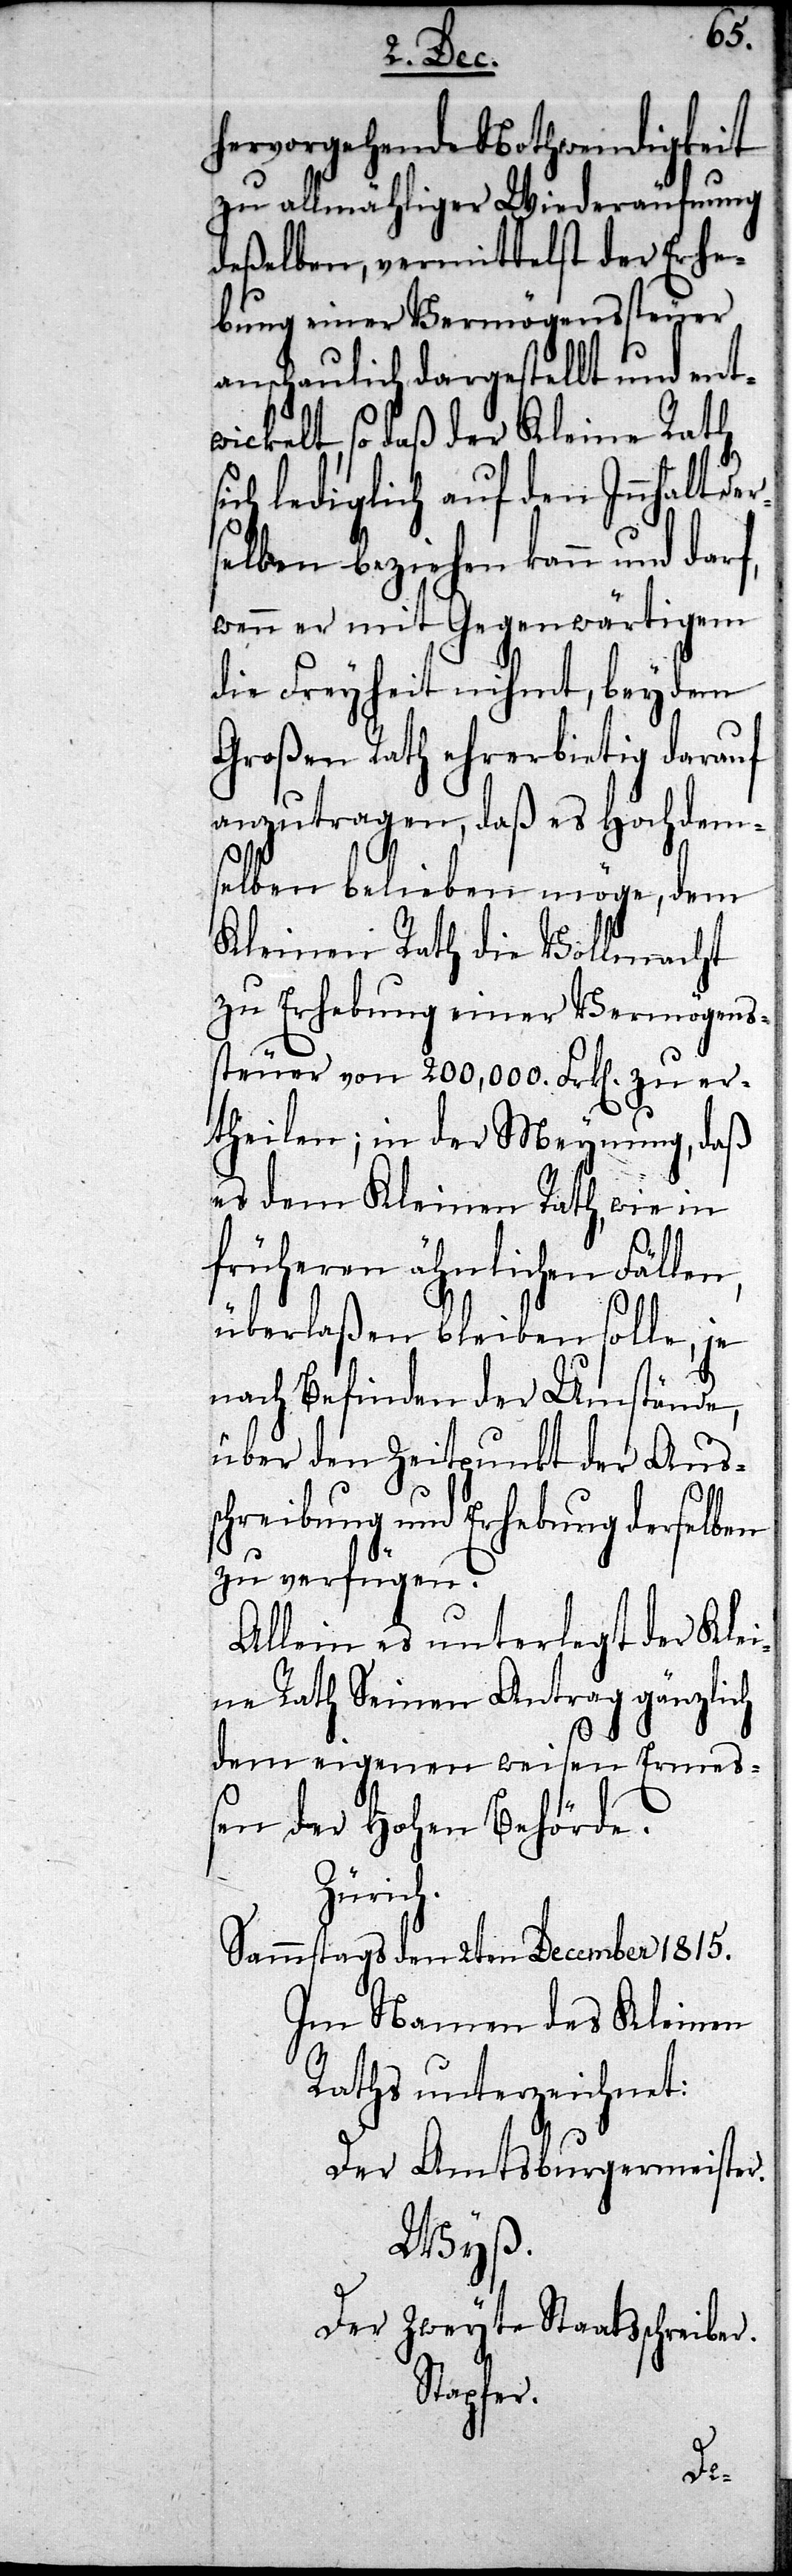
hervorgehende Nothwendigkeit
zu allmähliger Wiederäufnung
deßelben, vermittelst der Erhe¬
bung einer Vermögenssteuer
anschaulich dargestellt und ent¬
wickelt, so daß der Kleine Rath
ich lediglich auf den Innhalt der¬
selben beziehen kann und da¬
wenn er mit Gegenwärtigem
die Freyheit nihmt, bey dem
Großen Rath ehrerbietig darauf
anzutragen, daß es Hochdem¬
selben belieben möge, dem
Kleinen Rath die Vollmacht
zu Erhebung einer Vermögens¬
steuer von 200,000. Frken zu er¬
theilen; in der Meynung, daß
es dem Kleinen Rath, wie in
früheren ähnlichen Fälle¬
überlaßen bleiben solle, je
nach Befinden der Umstände,
über den Zeitpunkt der Auss¬
chreibung und Erhebung derselben
zu verfügen.
Allein es unterlegt der Klei¬
ne Rath Seinen Antrag gänzlich
dem eigenen weisen Erme¬
ßen der Hohen Behörde.
Zürich.
Sammstags den 2ten December 1815.
Im Namen des Kleinen
Raths unterzeichnet:
Der Amtsburgermeiste¬
Wyß.
Der Zweyte Staatsschreiber.
Stapfer.
r.